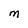
Character: M